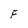
Character: F